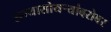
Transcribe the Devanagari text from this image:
सग्यासोयर्‍यांबरोबर